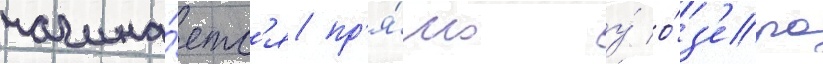
начина́етс'я пр'я́мо у́ о́з'ера